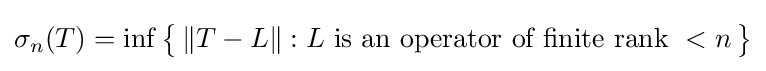
\sigma _{n}(T)=\inf {\big \{}\,\|T-L\|:L{\text{ is an operator of finite rank }}<n\,{\big \}}